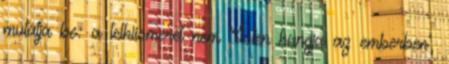
mutatja be: a lelkiismeret nem ’Isten hangja az emberben’,